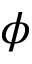
\phi